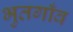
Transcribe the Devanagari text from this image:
भुतगाँव